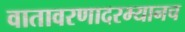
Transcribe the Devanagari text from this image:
वातावरणादरम्यानच